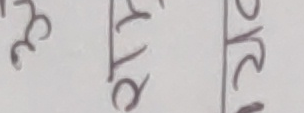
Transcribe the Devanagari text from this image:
३१/२०